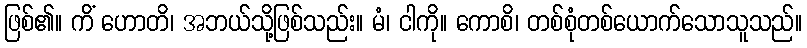
ဖြစ်၏။ ကိံ ဟောတိ၊ အဘယ်သို့ဖြစ်သည်း။ မံ၊ ငါကို။ ကောစိ၊ တစ်စုံတစ်ယောက်သောသူသည်။